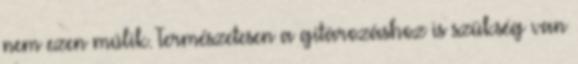
nem ezen múlik. Természetesen a gitározáshoz is szükség van